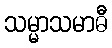
သမ္မာသမာဓီ